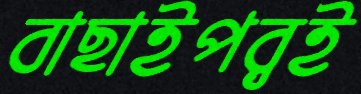
বাছাইপর্বই